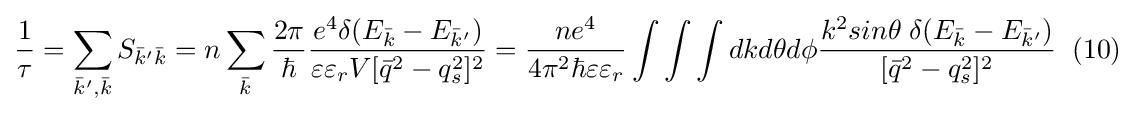
{\frac {1}{\tau }}=\sum _{{\bar {k}}',{\bar {k}}}S_{{\bar {k}}'{\bar {k}}}=n\sum _{\bar {k}}{\frac {2\pi }{\hbar }}{\frac {e^{4}\delta (E_{\bar {k}}-E_{{\bar {k}}'})}{\varepsilon \varepsilon _{r}V[{\bar {q}}^{2}-q_{s}^{2}]^{2}}}={\frac {ne^{4}}{4\pi ^{2}\hbar \varepsilon \varepsilon _{r}}}\int \int \int dkd\theta d\phi {\frac {k^{2}sin\theta \;\delta (E_{\bar {k}}-E_{{\bar {k}}'})}{[{\bar {q}}^{2}-q_{s}^{2}]^{2}}}\;\;(10)